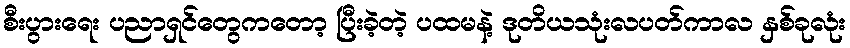
စီးပွားရေး ပညာရှင်တွေကတော့ ပြီးခဲ့တဲ့ ပထမနဲ့ ဒုတိယသုံးလပတ်ကာလ နှစ်ခုလုံး